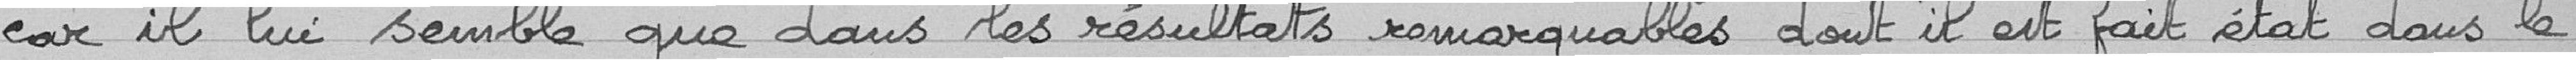
car il lui semble que dans les résultats remarquables dont il est fait état dans le